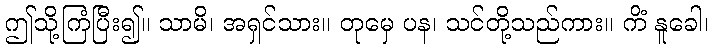
ဤသို့ကြံပြီး၍။ သာမိ၊ အရှင်သား။ တုမှေ ပန၊ သင်တို့သည်ကား။ ကိံ နူခေါ၊